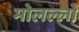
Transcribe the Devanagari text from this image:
मोलल्लों